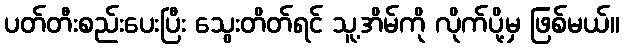
ပတ်တီးစည်းပေးပြီး သွေးတိတ်ရင် သူ့အိမ်ကို လိုက်ပို့မှ ဖြစ်မယ်။